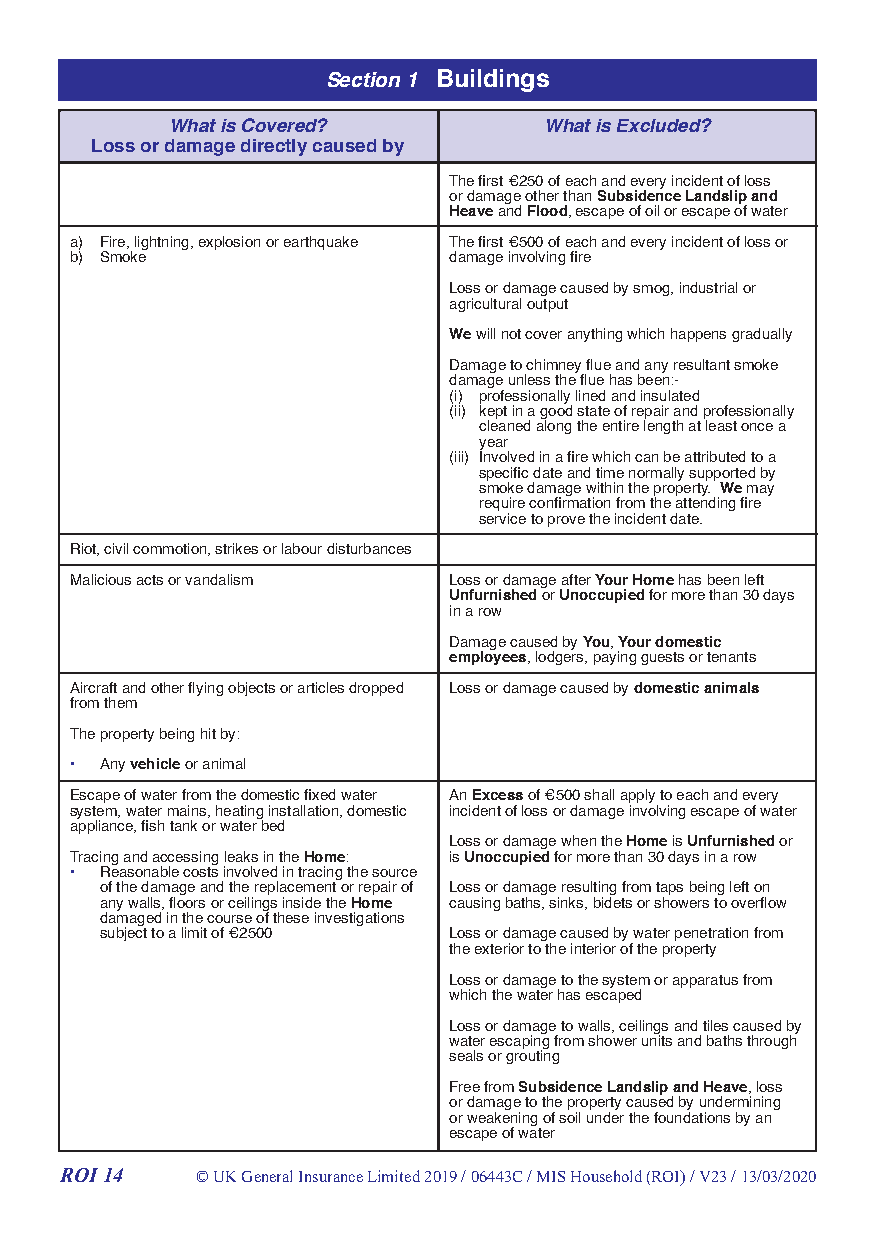
Section 1 Buildings
 What is Covered?         What is Excluded?
 Loss or damage directly caused by
 The first €250 of each and every incident of loss
 or damage other than Subsidence Landslip and
 Heave and Flood, escape of oil or escape of water
 a) Fire, lightning, explosion or earthquake The first €500 of each and every incident of loss or
 b) Smoke                 damage involving fire
 Loss or damage caused by smog, industrial or
 agricultural output
 We will not cover anything which happens gradually
 Damage to chimney flue and any resultant smoke
 damage unless the flue has been:-
 (i) professionally lined and insulated
 (ii) kept in a good state of repair and professionally
 cleaned along the entire length at least once a
 year
 (iii) Involved in a fire which can be attributed to a
 specific date and time normally supported by
 smoke damage within the property. We may
 require confirmation from the attending fire
 service to prove the incident date.
 Riot, civil commotion, strikes or labour disturbances
 Malicious acts or vandalism Loss or damage after Your Home has been left
 Unfurnished or Unoccupied for more than 30 days
 in a row
 Damage caused by You, Your domestic
 employees, lodgers, paying guests or tenants
 Aircraft and other flying objects or articles dropped Loss or damage caused by domestic animals
 from them
 The property being hit by:
 • Any vehicle or animal
 Escape of water from the domestic fixed water An Excess of €500 shall apply to each and every
 system, water mains, heating installation, domestic incident of loss or damage involving escape of water
 appliance, fish tank or water bed
 Loss or damage when the Home is Unfurnished or
 Tracing and accessing leaks in the Home: is Unoccupied for more than 30 days in a row
 • Reasonable costs involved in tracing the source
 of the damage and the replacement or repair of Loss or damage resulting from taps being left on
 any walls, floors or ceilings inside the Home causing baths, sinks, bidets or showers to overflow
 damaged in the course of these investigations
 subject to a limit of €2500 Loss or damage caused by water penetration from
 the exterior to the interior of the property
 Loss or damage to the system or apparatus from
 which the water has escaped
 Loss or damage to walls, ceilings and tiles caused by
 water escaping from shower units and baths through
 seals or grouting
 Free from Subsidence Landslip and Heave, loss
 or damage to the property caused by undermining
 or weakening of soil under the foundations by an
 escape of water
 ROI 14   © UK General Insurance Limited 2019 / 06443C / MIS Household (ROI) / V23 / 13/03/2020